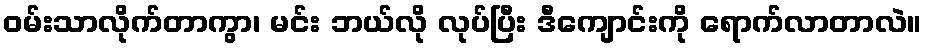
ဝမ်းသာလိုက်တာကွာ၊ မင်း ဘယ်လို လုပ်ပြီး ဒီကျောင်းကို ရောက်လာတာလဲ။